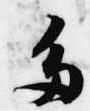
多